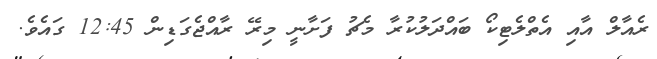
ރެއާލް އާއި އެތްލެޓިކޯ ބައްދަލުކުރާ މެޗު ފަށާނީ މިރޭ ރާއްޖެގަޑިން 12:45 ގައެވެ.